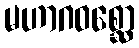
မဟာဂဝစ္ဆော